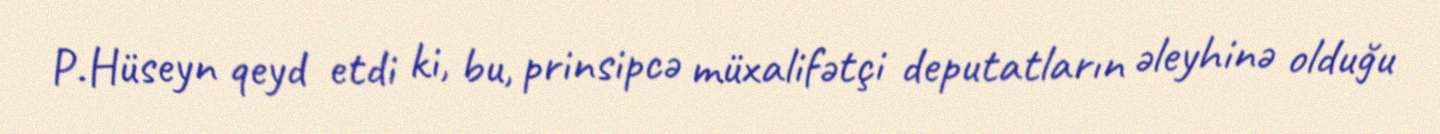
P.Hüseyn qeyd etdi ki, bu, prinsipcə müxalifətçi deputatların əleyhinə olduğu